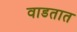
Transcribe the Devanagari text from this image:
वाडतात